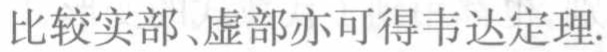
比较实部、虚部亦可得韦达定理.